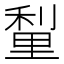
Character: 𮡗